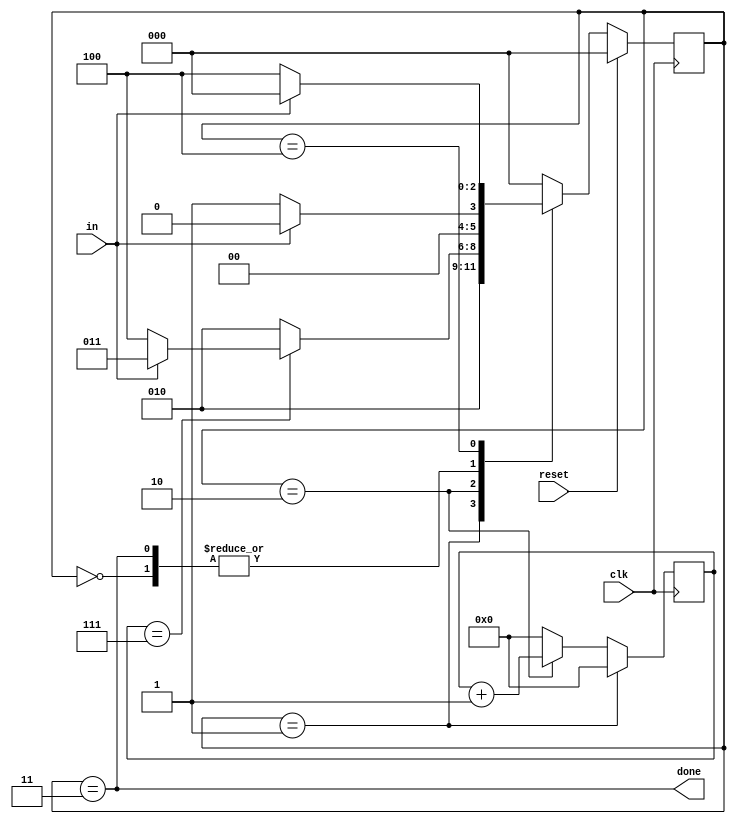
module top_module(
    input clk,
    input in,
    input reset,    // Synchronous reset
    output done
); 
    
    reg [2 : 0] curr_state;
    reg [2 : 0] next_state;
    
    reg [4 : 0] cnt;
    
    parameter IDLE  = 3'd0;
    parameter START = 3'd1;
    parameter DATA  = 3'd2;
    parameter STOP  = 3'd3;
    parameter ERROR = 3'd4;
    
    always@(posedge clk)
    begin
        if(reset)
            curr_state <= IDLE;
    	else
            curr_state <= next_state;
    end
    
    always@(posedge clk)
    begin
        if(curr_state == START)
            cnt <= 4'd0;
        else if(curr_state == DATA)
            cnt <= cnt + 1'b1;
        else
            cnt <= 4'd0;
    end
    
    always@(*)
    begin
        case(curr_state)
            IDLE:  next_state = in ? IDLE : START;
            START: next_state = DATA;
            DATA:  next_state = (cnt == 7) ? (in ? STOP : ERROR) : DATA;
            STOP:  next_state = in ? IDLE : START;
            ERROR: next_state = in ? IDLE : ERROR;
            default: next_state = IDLE;
        endcase
    end
    
    assign done = (curr_state == STOP);

endmodule